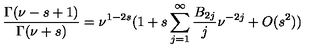
\frac { \Gamma ( \nu - s + 1 ) } { \Gamma ( \nu + s ) } = \nu ^ { 1 - 2 s } ( 1 + s \sum _ { j = 1 } ^ { \infty } \frac { B _ { 2 j } } { j } \nu ^ { - 2 j } + O ( s ^ { 2 } ) )